Leaving Certificate Examination, 1904
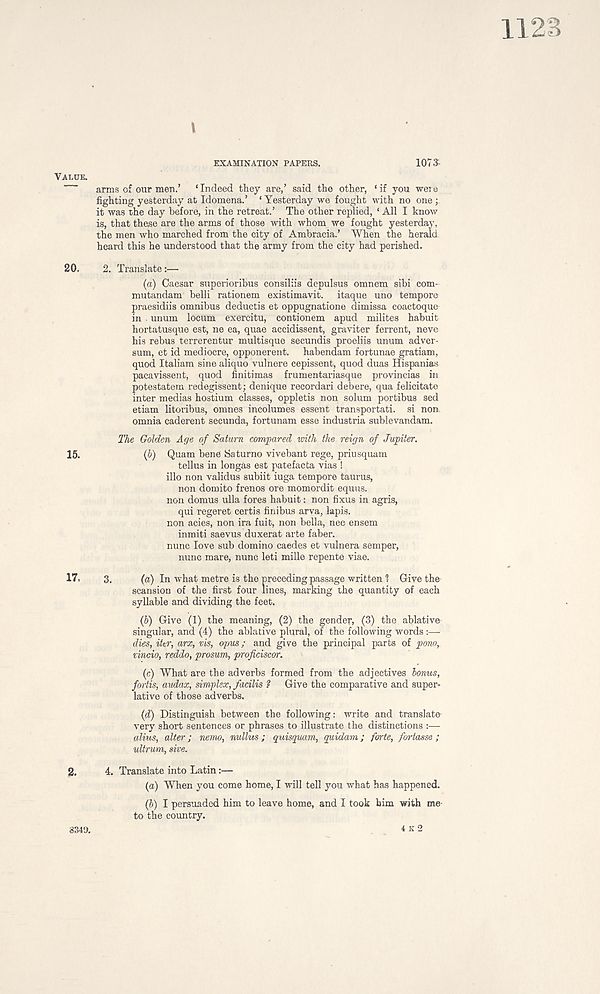
1123
i
VALUE.
EXAMINATION PAPERS.
107$
arms of our men.’
‘Indeed they are,’ said the other, ‘if you were
fighting yesterday at Idomena.’ ‘ Yesterday we fought with no one
it was the day before, in the retreat.’ The other replied, ‘ All I know
is, that these are the arms of those with whom we fought yesterday,
the men who marched from the city of Ambracia.’ When the herald
heard this he understood that the army from the city had perished.
20.
2. Translate:—
(a) Caesar superioribus consiliis depulsus omnem sibi com-
mutandam belli rationem existimavit. itaque uno tempore
praesidiis omnibus deductis et oppugnatione dimissa coactoque
in . unum locum exercitu, contionem apud milites habuit
hortatusque est, ne ea, quae accidissent, graviter ferrent, neve
his rebus terrerentur multisque secundis proeliis unum adver-
sum, et id mediocre, opponerent. habendam fortunae gratiam,
quod Italiam sine aliquo vulnere cepissent, quod duas Hispanias
pacavissent, quod finitimas frumentariasque provincias in
potestatem redegissent; denique recordari deb ere, qua felicitate
inter medias hostium classes, oppletis non solum portibus sed
etiam litoribus, omnes incolumes essent transportati. si non
omnia caderent secunda, fortunam esse industria sublevandam.
The Golden Age of Saturn compared with the reign of Jupiter.
15.
(5) Quam bene Saturno vivebant rege, priusquam
tellus in longas est patefacta vias !
illo non validus subiit iuga tempore taurus,
non domito frenos ore momordit equus.
non domus ulla fores habuit: non fixus in agris,
qui regeret certis finibus arva, lapis,
non acies, non ira fuit, non bella, nec ensem
inmiti saevus duxerat arte faber.
nunc love sub domino caedes et vulnera semper,
nunc mare, nunc leti mille repente viae.
17.
3.
(a) In what metre is the preceding passage written ? Give the
scansion of the first four lines, marking the quantity of each
syllable and dividing the feet.
(b) Give (1) the meaning, (2) the gender, (3) the ablative-
singular, and (4) the ablative plural, of the following words :—
dies, ikr, arx, vis, opus; and give the principal parts of pono,
vincio, reddo, prosum, proficiscor.
(c) What are the adverbs formed from the adjectives bonus,
fortis, audax, simplex, facilis ? Give the comparative and super-
lative of those adverbs.
(d) Distinguish between the following: write and translate-
very short sentences or phrases to illustrate the distinctions :—
alius, alter; nemo, nullus; quisquam, quidam; forte, fortasse ;
ultrum, she.
4. Translate into Latin:—
(a) When you come home, I will tell you what has happened.
(b) I persuaded him to leave home, and I took him with me
to the country.
4 K 2
2.
3349.